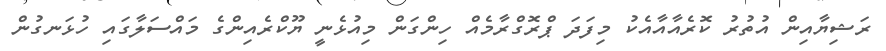
ރަޝިޔާއިން އުތުރު ކޮރެއާއާއެކު މިފަދަ ޕްރޮގްރާމެއް ހިންގަން މިއުޅެނީ ޔޫކްރެއިންގެ މައްސަލާގައި ހުޅަނގުން